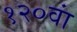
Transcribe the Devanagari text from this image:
१२०वां